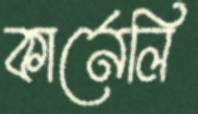
কার্নেলি